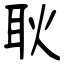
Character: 耿